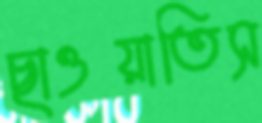
ছাওয়াতিস